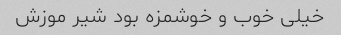
خیلی خوب و خوشمزه بود شیر موزش